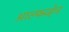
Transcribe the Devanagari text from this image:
आल्फव्हेन